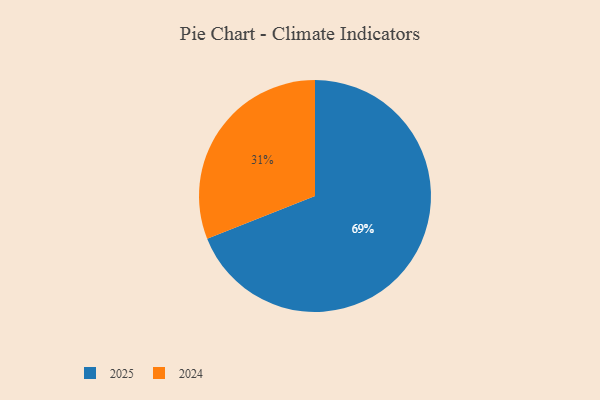
{"axis": {"x": "Category", "y": "Percentage"}, "legend": ["2024", "2025"], "data": [{"x": "2024", "y": 31, "type": "2024"}, {"x": "2025", "y": 69, "type": "2025"}]}